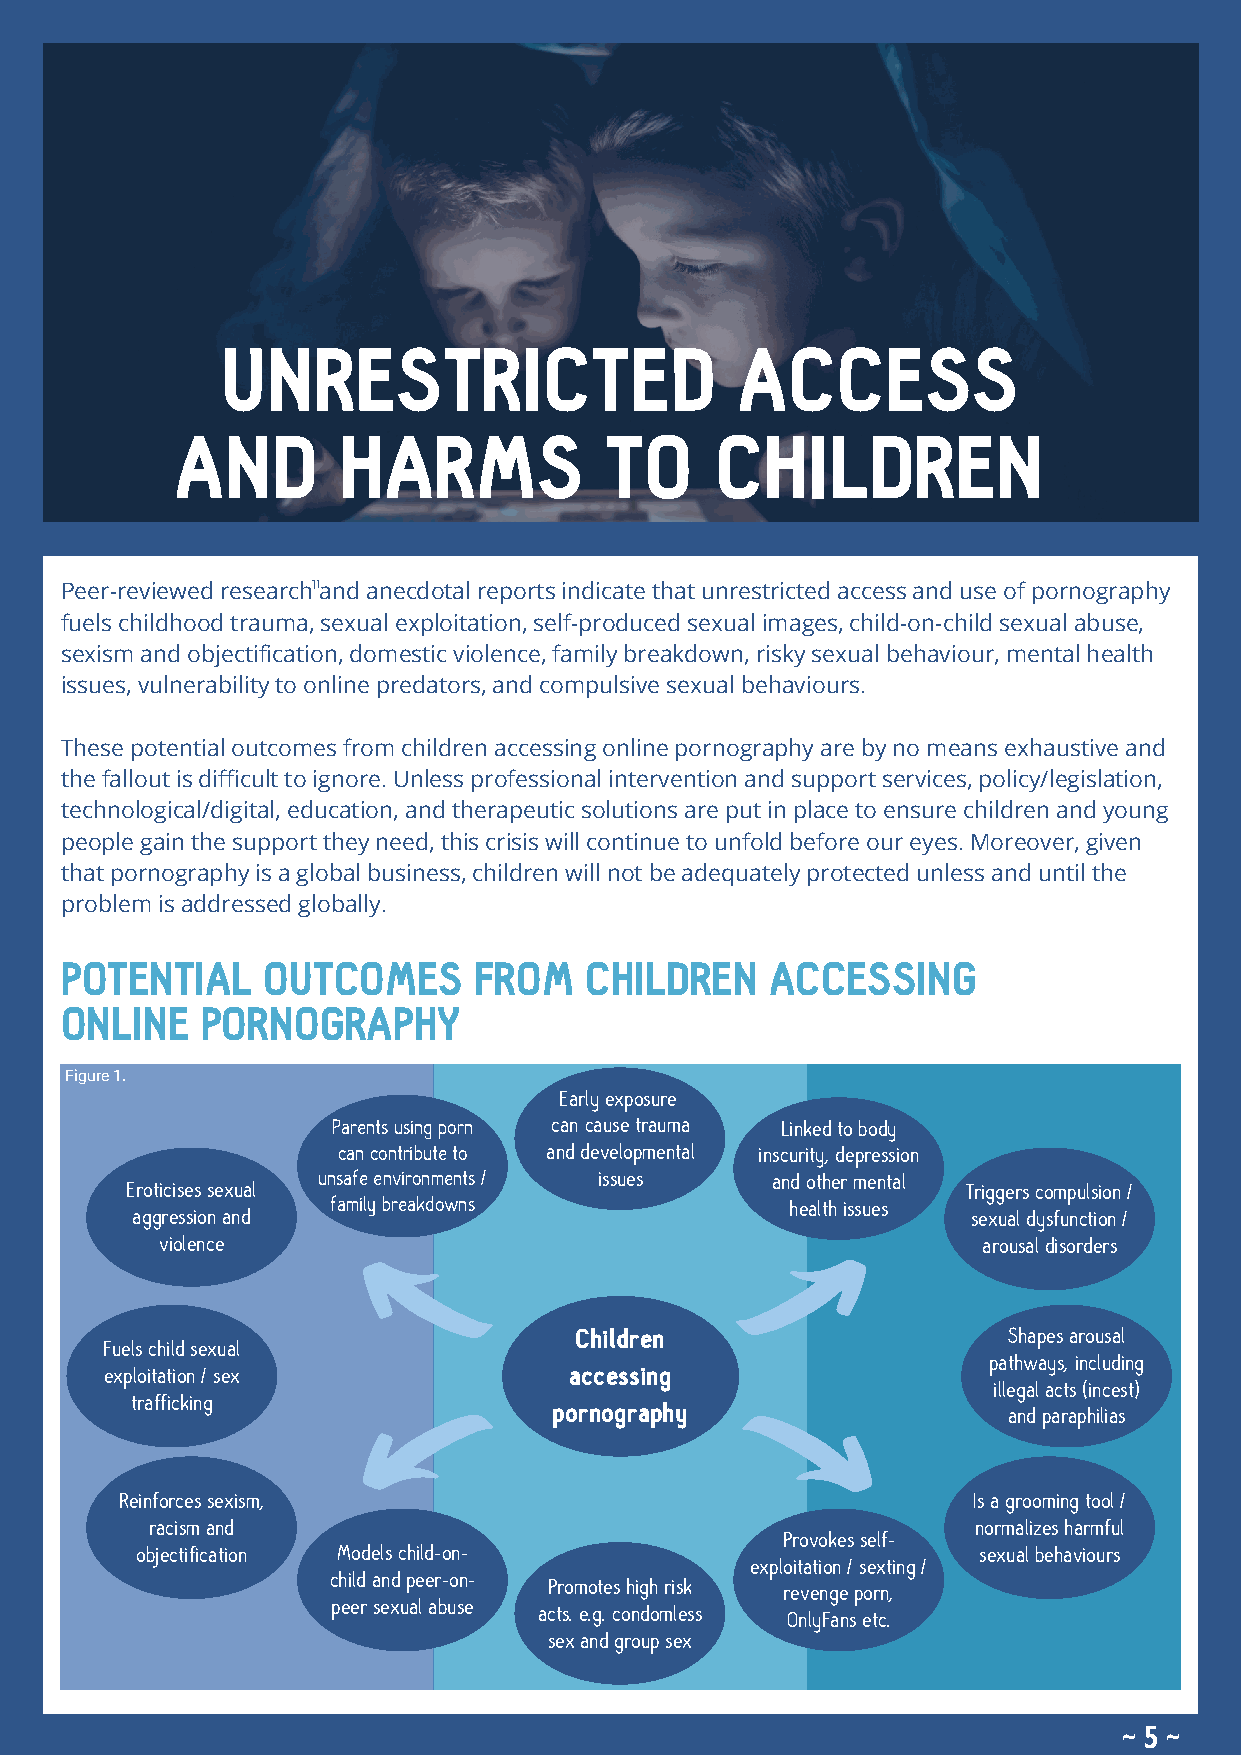
UNRESTRICTED                      ACCESS
 AND       HARMS             TO     CHILDREN
 11
 Peer-reviewed research and anecdotal reports indicate that unrestricted access and use of pornography
 fuels childhood trauma, sexual exploitation, self-produced sexual images, child-on-child sexual abuse,
 sexism and objectification, domestic violence, family breakdown, risky sexual behaviour, mental health
 issues, vulnerability to online predators, and compulsive sexual behaviours.
 These potential outcomes from children accessing online pornography are by no means exhaustive and
 the fallout is difficult to ignore. Unless professional intervention and support services, policy/legislation,
 technological/digital, education, and therapeutic solutions are put in place to ensure children and young
 people gain the support they need, this crisis will continue to unfold before our eyes. Moreover, given
 that pornography is a global business, children will not be adequately protected unless and until the
 problem is addressed globally.
 POTENTIAL    OUTCOMES      FROM    CHILDREN    ACCESSING
 ONLINE   PORNOGRAPHY
 Figure 1.
 Early exposure
 Parents using porn can cause trauma Linked to body
 can contribute to and developmental inscurity, depression
 unsafe environments / issues  and other mental
 Eroticises sexual                                       Triggers compulsion /
 family breakdowns             health issues
 aggression and                                         sexual dysfunction /
 violence                                              arousal disorders
 Children                     Shapes arousal
 Fuels child sexual
 pathways, including
 exploitation / sex             accessing
 illegal acts (incest)
 trafficking
 pornography                   and paraphilias
 Reinforces sexism,                                      Is a grooming tool /
 racism and                                             normalizes harmful
 Provokes self-
 objectification Models child-on-                        sexual behaviours
 exploitation / sexting /
 child and peer-on-
 Promotes high risk
 revenge porn,
 peer sexual abuse
 acts. e.g. condomless
 OnlyFans etc.
 sex and group sex
 ~ 5 ~